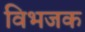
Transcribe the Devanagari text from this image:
विभजक